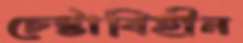
চেষ্টাবিহীন